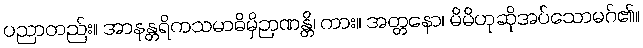
ပညာတည်း။ အာနန္တရိကသမာဓိမှိဉာဏန္တိ၊ ကား။ အတ္တနော၊ မိမိဟုဆိုအပ်သောမဂ်၏။